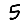
Digit: 5